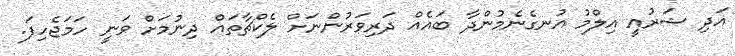
އަދި ޝަރުއީ އިލްމު އުނގެނެމުންދާ ބައެއް ދަރިވަރުންނަށް ލެކްޗާތައް ދިނުމަށް ވަނީ ހަމަޖެހިފަ.